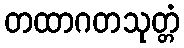
တထာဂတသုတ္တံ